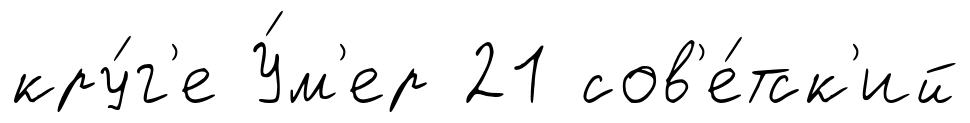
кру́г'е У́м'ер 21 сов'е́тск'ий